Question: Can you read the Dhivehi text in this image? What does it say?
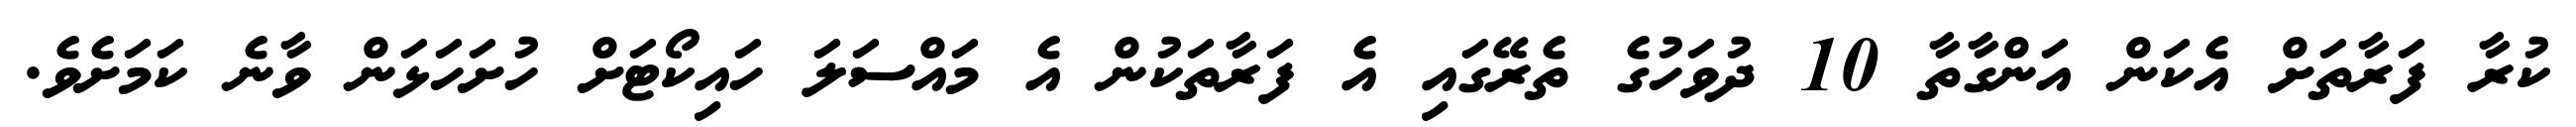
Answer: ކުރާ ފަރާތަށް އެކަން އަންގާތާ 10 ދުވަހުގެ ތެރޭގައި އެ ފަރާތަކުން އެ މައްސަލަ ހައިކޯޓަށް ހުށަހަޅަން ވާނެ ކަމަށެވެ.